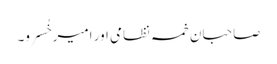
صاحبانِ خمسہ نظامی اور امیر خُسرَو۔